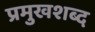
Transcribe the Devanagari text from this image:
प्रमुखशब्द